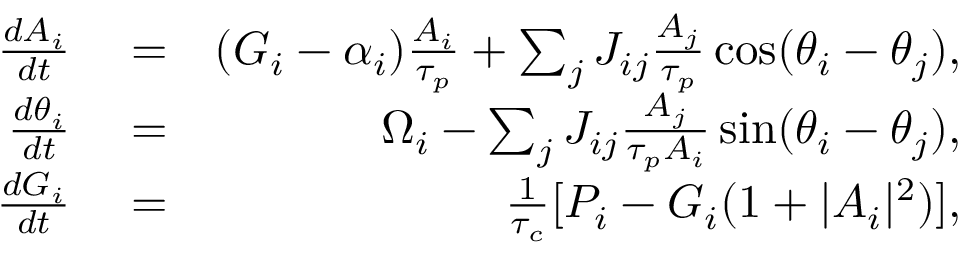
\begin{array} { r l r } { \frac { d A _ { i } } { d t } } & { { } = } & { ( G _ { i } - \alpha _ { i } ) \frac { A _ { i } } { \tau _ { p } } + \sum _ { j } J _ { i j } \frac { A _ { j } } { \tau _ { p } } \cos ( \theta _ { i } - \theta _ { j } ) , } \\ { \frac { d \theta _ { i } } { d t } } & { { } = } & { \Omega _ { i } - \sum _ { j } J _ { i j } \frac { A _ { j } } { \tau _ { p } A _ { i } } \sin ( \theta _ { i } - \theta _ { j } ) , } \\ { \frac { d G _ { i } } { d t } } & { { } = } & { \frac { 1 } { \tau _ { c } } [ P _ { i } - G _ { i } ( 1 + | A _ { i } | ^ { 2 } ) ] , } \end{array}